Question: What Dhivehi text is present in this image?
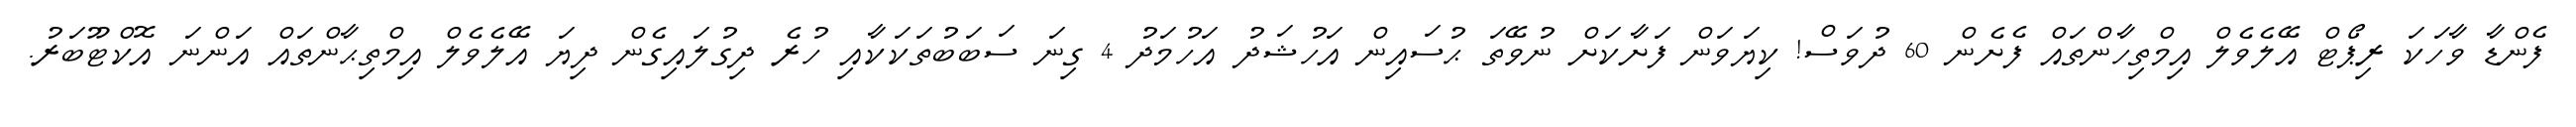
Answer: ފެންޑާ ވާހަކަ ރިޕޯޓް އޭލެވެލް އިމްތިހާންތައް ފެށެން 60 ދުވަސް! ކިޔަވަން ފަށާކަށް ނުވޭތަ ޙުސައިން އަހުޝަދު އަހުމަދު 4 ގިނަ ސަބަބުތަކަކާއި ހުރެ ދިގުލައިގެން ދިޔަ އޭލެވެލް އިމްތިޙާންތައް އަންނަ އޮކްޓޫބަރު.